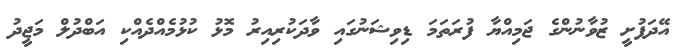
އޭދަފުށީ ޒުވާނުންގެ ޖަމިއްޔާ ފުރަތަމަ ޑިވިޝަނުގައި ވާދަކުރިއިރު މޮޅު ކުޅުމެއްދެއްކި އަބްދުލް މަޖީދު